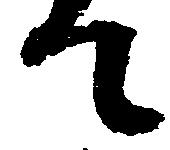
て